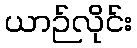
ယာဉ်လိုင်း